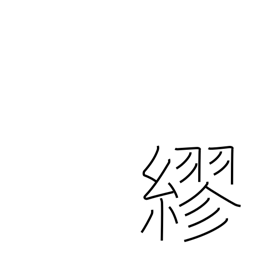
Meaning: wrap around